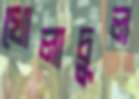
খোলাচুল